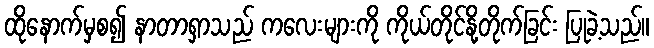
ထိုနောက်မှစ၍ နာတာရှာသည် ကလေးများကို ကိုယ်တိုင်နို့တိုက်ခြင်း ပြုခဲ့သည်။